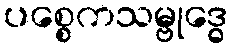
ပစ္စေကသမ္ဗုဒ္ဓေ